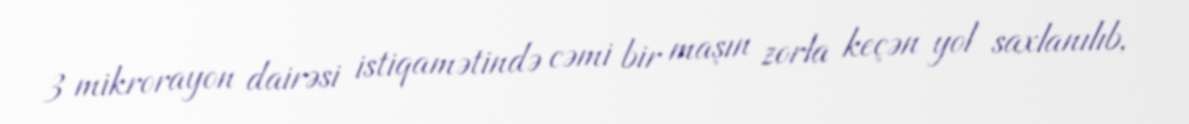
3 mikrorayon dairəsi istiqamətində cəmi bir maşın zorla keçən yol saxlanılıb,